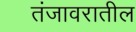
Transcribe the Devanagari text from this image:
तंजावरातील